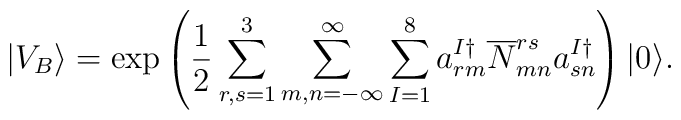
|V_B\rangle  = {\rm exp} \left( \frac{1}{2} \sum_{r,s =1}^3 \sum_{m,n=-\infty}^{\infty} \sum_{I=1}^8 a_{rm}^{I\dagger} \overline{N}_{mn}^{rs}a_{sn}^{I\dagger}\right) | 0\rangle.